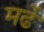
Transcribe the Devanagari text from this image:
मर्ढे